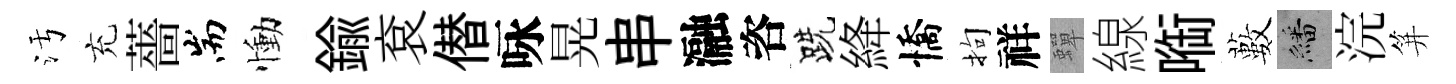
污充薔耑慟鍮袞僣咏晃串瀜咨跣絳憍拘祥蟬線㗸藪繙浣笄